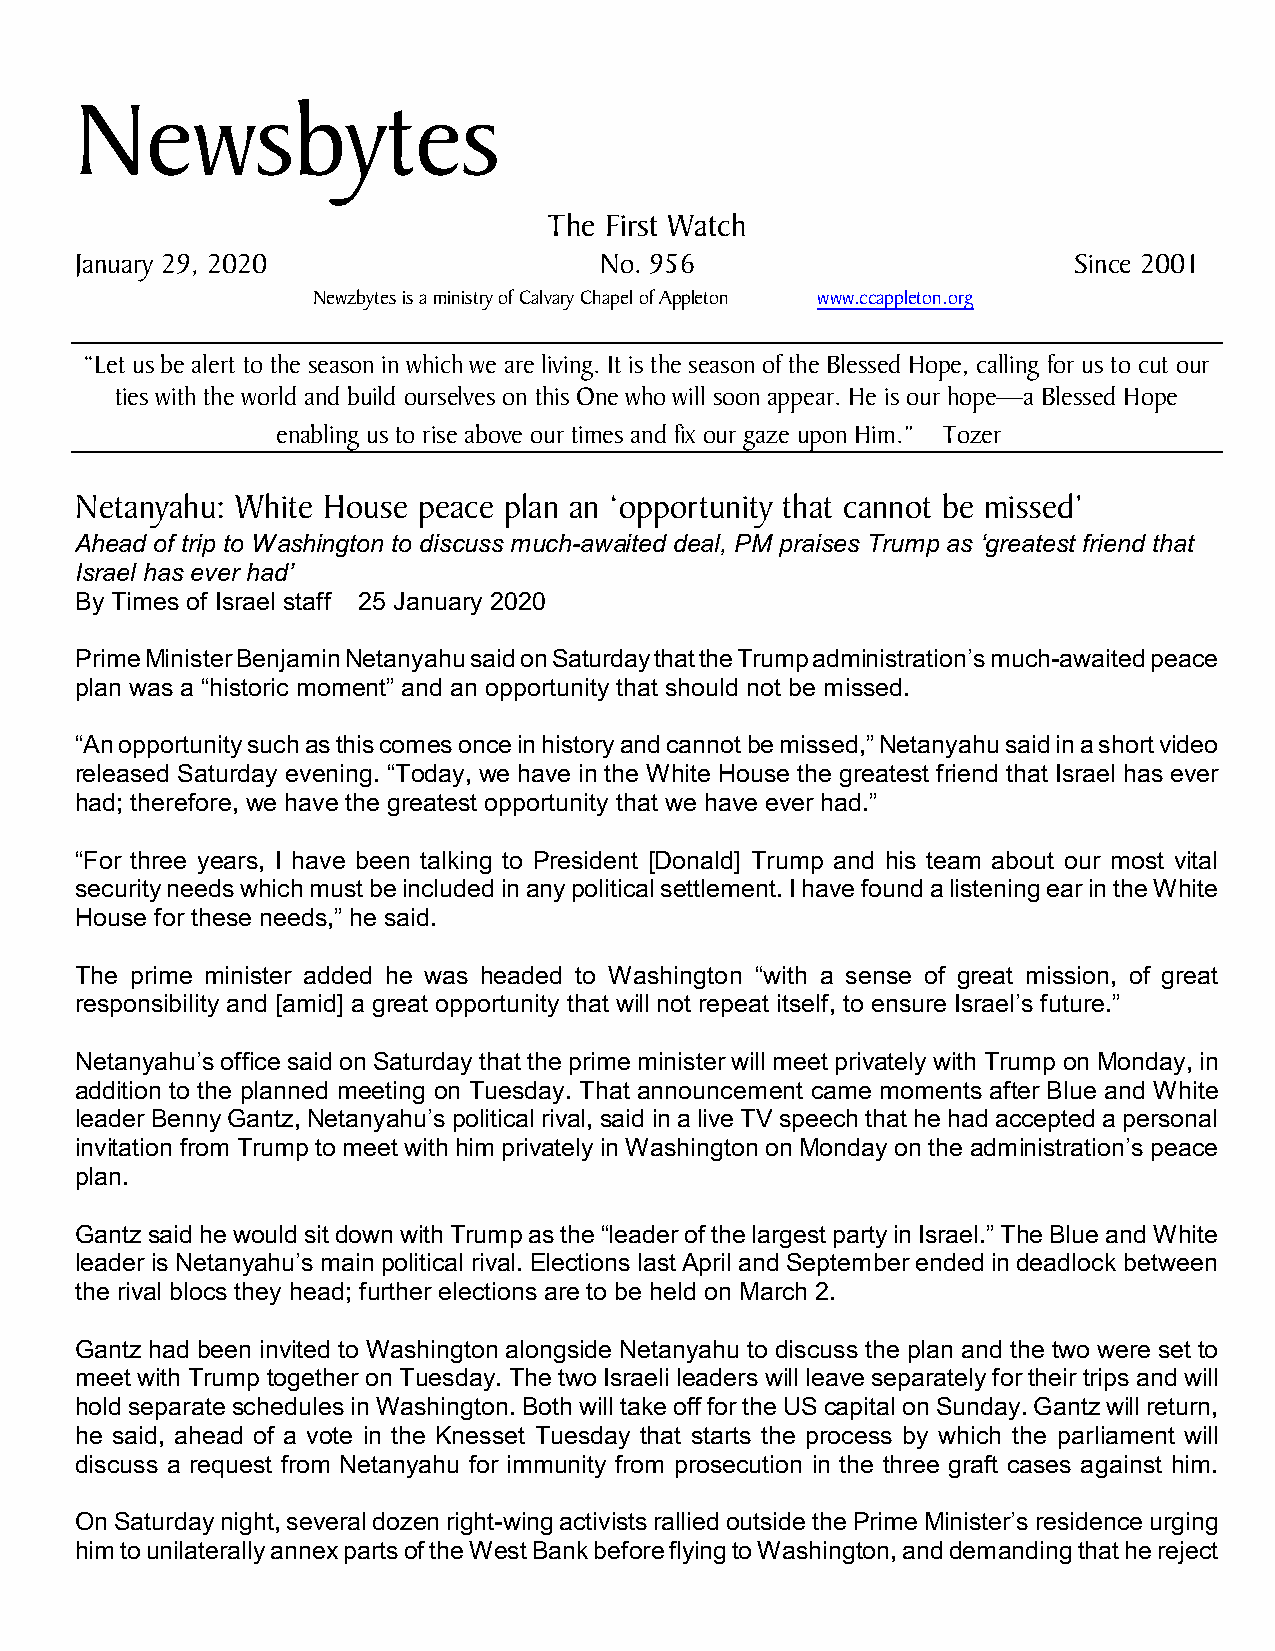
Newsbytes
 The First Watch
 January 29, 2020                   No. 956                        Since 2001
 Newzbytes is a ministry of Calvary Chapel of Appleton www.ccappleton.org
 “Let us be alert to the season in which we are living. It is the season of the Blessed Hope, calling for us to cut our
 ties with the world and build ourselves on this One who will soon appear. He is our hope—a Blessed Hope
 enabling us to rise above our times and fix our gaze upon Him.” Tozer
 Netanyahu: White House peace plan an ‘opportunity that cannot be missed’
 Ahead of trip to Washington to discuss much-awaited deal, PM praises Trump as ‘greatest friend that
 Israel has ever had’
 By Times of Israel staff 25 January 2020
 Prime Minister Benjamin Netanyahu said on Saturday that the Trump administration’s much-awaited peace
 plan was a “historic moment” and an opportunity that should not be missed.
 “An opportunity such as this comes once in history and cannot be missed,” Netanyahu said in a short video
 released Saturday evening. “Today, we have in the White House the greatest friend that Israel has ever
 had; therefore, we have the greatest opportunity that we have ever had.”
 “For three years, I have been talking to President [Donald] Trump and his team about our most vital
 security needs which must be included in any political settlement. I have found a listening ear in the White
 House for these needs,” he said.
 The prime minister added he was headed to Washington “with a sense of great mission, of great
 responsibility and [amid] a great opportunity that will not repeat itself, to ensure Israel’s future.”
 Netanyahu’s office said on Saturday that the prime minister will meet privately with Trump on Monday, in
 addition to the planned meeting on Tuesday. That announcement came moments after Blue and White
 leader Benny Gantz, Netanyahu’s political rival, said in a live TV speech that he had accepted a personal
 invitation from Trump to meet with him privately in Washington on Monday on the administration’s peace
 plan.
 Gantz said he would sit down with Trump as the “leader of the largest party in Israel.” The Blue and White
 leader is Netanyahu’s main political rival. Elections last April and September ended in deadlock between
 the rival blocs they head; further elections are to be held on March 2.
 Gantz had been invited to Washington alongside Netanyahu to discuss the plan and the two were set to
 meet with Trump together on Tuesday. The two Israeli leaders will leave separately for their trips and will
 hold separate schedules in Washington. Both will take off for the US capital on Sunday. Gantz will return,
 he said, ahead of a vote in the Knesset Tuesday that starts the process by which the parliament will
 discuss a request from Netanyahu for immunity from prosecution in the three graft cases against him.
 On Saturday night, several dozen right-wing activists rallied outside the Prime Minister’s residence urging
 him to unilaterally annex parts of the West Bank before flying to Washington, and demanding that he reject